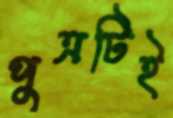
পুত্রটিই